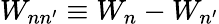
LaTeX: W_{nn^{\prime}}\equiv W_{n}-W_{n^{\prime}}